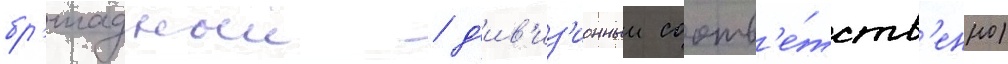
бр'игадныи / д'ив'из'ионныи соотв'е́тств'енно)